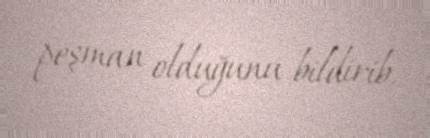
peşman olduğunu bildirib.